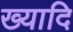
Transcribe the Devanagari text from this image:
ख्यादि